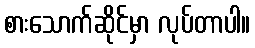
စားသောက်ဆိုင်မှာ လုပ်တာပါ။